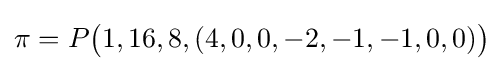
\pi =P{\bigl (}1,16,8,(4,0,0,-2,-1,-1,0,0){\bigr )}